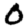
Digit: 0